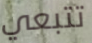
تتبعي